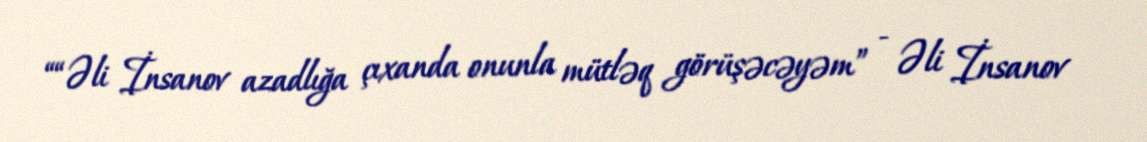
““Əli İnsanov azadlığa çıxanda onunla mütləq görüşəcəyəm” - Əli İnsanov